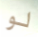
لو